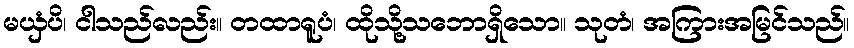
မယှံပိ၊ ငါသည်လည်း။ တထာရူပံ၊ ထိုသို့သဘောရှိသော။ သုတံ၊ အကြားအမြင်သည်။